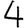
Digit: 4